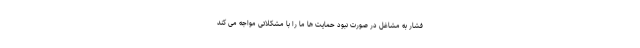
فشار به مشاغل در صورت نبود حمایت ها ما را با مشکلاتی مواجه می کند